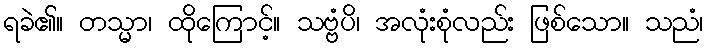
ရခဲ၏။ တသ္မာ၊ ထိုကြောင့်။ သဗ္ဗံပိ၊ အလုံးစုံလည်း ဖြစ်သော။ သညံ၊